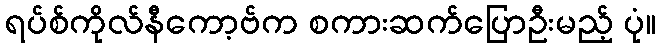
ရပ်စ်ကိုလ်နီကော့ဗ်က စကားဆက်ပြောဦးမည့် ပုံ။